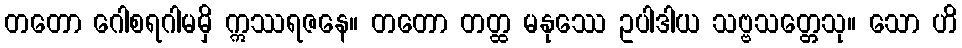
တတော ဂေါစရဂါမမှိ ဣဿရဇနေ။ တတော တတ္ထ မနုဿေ ဥပါဒါယ သဗ္ဗသတ္တေသု။ သော ဟိ